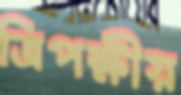
ত্রিপক্ষীয়